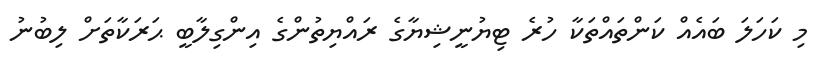
މި ކަހަލަ ބައެއް ކަންތައްތަކާ ހުރެ ޓިޔުނީޝިޔާގެ ރައްޔިތުންގެ އިންގިލާބީ ޙަރަކާތަށް ލިބުނު